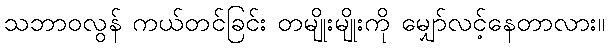
သဘာဝလွန် ကယ်တင်ခြင်း တမျိုးမျိုးကို မျှော်လင့်နေတာလား။